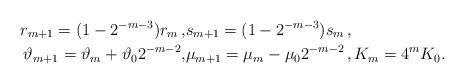
LaTeX: \begin{align*} r_{m+1}= (1-2^{-m-3})r_m\,,&s_{m+1}= (1-2^{-m-3})s_m\,, \\\vartheta_{m+1}=\vartheta_m + \vartheta_0 2^{-m-2}, &\mu_{m+1}=\mu_m - \mu_0 2^{-m-2}\,,K_m=4^m K_0 .\end{align*}